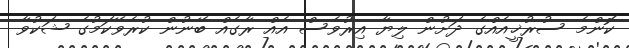
ކޮންމެ ސުރުޚީއެއްގެ ދަށުން ލިޔާ އިރުވެސް އެއް ރާގެއް ބޭނުން ކުރެވޭކަމުގެ ޝަކުވާ